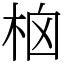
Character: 㭡